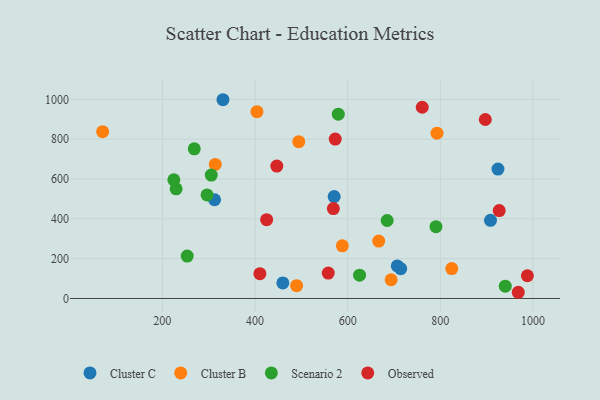
{"axis": {"x": "Study Hours", "y": "Salary"}, "legend": ["Cluster B", "Cluster C", "Observed", "Scenario 2"], "data": [{"x": "460.0", "y": 78.3, "type": "Cluster C"}, {"x": "707.0", "y": 163.4, "type": "Cluster C"}, {"x": "330.8", "y": 998.1, "type": "Cluster C"}, {"x": "924.3", "y": 649.9, "type": "Cluster C"}, {"x": "908.2", "y": 392.5, "type": "Cluster C"}, {"x": "312.7", "y": 495.8, "type": "Cluster C"}, {"x": "714.4", "y": 149.6, "type": "Cluster C"}, {"x": "570.8", "y": 511.8, "type": "Cluster C"}, {"x": "404.2", "y": 938.3, "type": "Cluster B"}, {"x": "71.1", "y": 837.6, "type": "Cluster B"}, {"x": "824.6", "y": 150.1, "type": "Cluster B"}, {"x": "494.4", "y": 787.6, "type": "Cluster B"}, {"x": "666.9", "y": 288.3, "type": "Cluster B"}, {"x": "489.8", "y": 64.1, "type": "Cluster B"}, {"x": "314.2", "y": 673.3, "type": "Cluster B"}, {"x": "792.7", "y": 830.3, "type": "Cluster B"}, {"x": "588.4", "y": 264.6, "type": "Cluster B"}, {"x": "693.8", "y": 94.1, "type": "Cluster B"}, {"x": "685.2", "y": 391.5, "type": "Scenario 2"}, {"x": "253.6", "y": 212.8, "type": "Scenario 2"}, {"x": "579.7", "y": 925.5, "type": "Scenario 2"}, {"x": "940.1", "y": 61.5, "type": "Scenario 2"}, {"x": "625.6", "y": 116.9, "type": "Scenario 2"}, {"x": "790.5", "y": 360.4, "type": "Scenario 2"}, {"x": "229.7", "y": 550.8, "type": "Scenario 2"}, {"x": "305.6", "y": 619.6, "type": "Scenario 2"}, {"x": "268.9", "y": 751.5, "type": "Scenario 2"}, {"x": "296.5", "y": 519.9, "type": "Scenario 2"}, {"x": "224.8", "y": 595.6, "type": "Scenario 2"}, {"x": "425.1", "y": 395.9, "type": "Observed"}, {"x": "573.1", "y": 800.3, "type": "Observed"}, {"x": "968.1", "y": 31.1, "type": "Observed"}, {"x": "927.0", "y": 441.3, "type": "Observed"}, {"x": "987.8", "y": 114.1, "type": "Observed"}, {"x": "569.1", "y": 451.5, "type": "Observed"}, {"x": "558.1", "y": 127.7, "type": "Observed"}, {"x": "447.0", "y": 664.9, "type": "Observed"}, {"x": "897.0", "y": 898.8, "type": "Observed"}, {"x": "410.5", "y": 124.3, "type": "Observed"}, {"x": "760.9", "y": 960.4, "type": "Observed"}]}